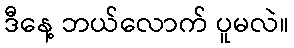
ဒီနေ့ ဘယ်လောက် ပူမလဲ။